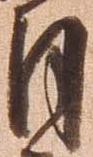
月